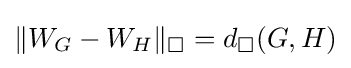
\lVert W_{G}-W_{H}\rVert _{\square }=d_{\square }(G,H)